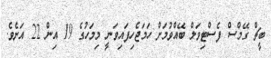
ބީޗް ގޭމްސް ފެސްޓިވަލް ބޭއްވުމަށް ހަމަޖެހިފައިވަނީ މިމަހުގެ 19 އިން 22 އަށެވެ.